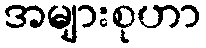
အများစုဟာ